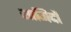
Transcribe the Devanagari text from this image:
शागिर्दों